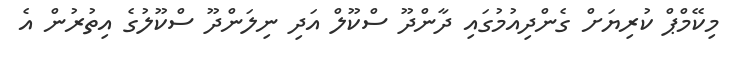
މިކޭމްޕް ކުރިޔަށް ގެންދިއުމުގައި ދާންދޫ ސްކޫލް އަދި ނިލަންދޫ ސްކޫލުގެ އިތުރުން އެ